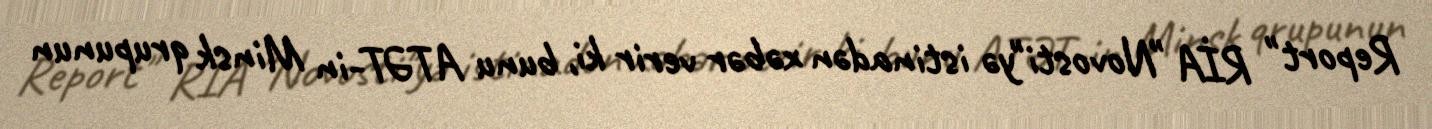
Report" RİA "Novosti"yə istinadən xəbər verir ki, bunu ATƏT-in Minsk qrupunun